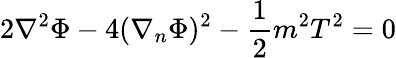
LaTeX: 2\nabla^{2}\Phi-4(\nabla_{n}\Phi)^{2}-\frac{1}{2}m^{2}T^{2}=0